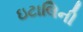
ઇટાલિની